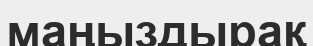
маңыздырақ